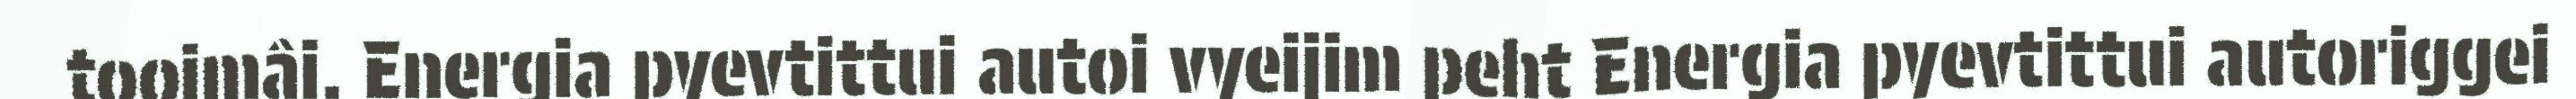
tooimâi. Energia pyevtittui autoi vyeijim peht Energia pyevtittui autoriggei